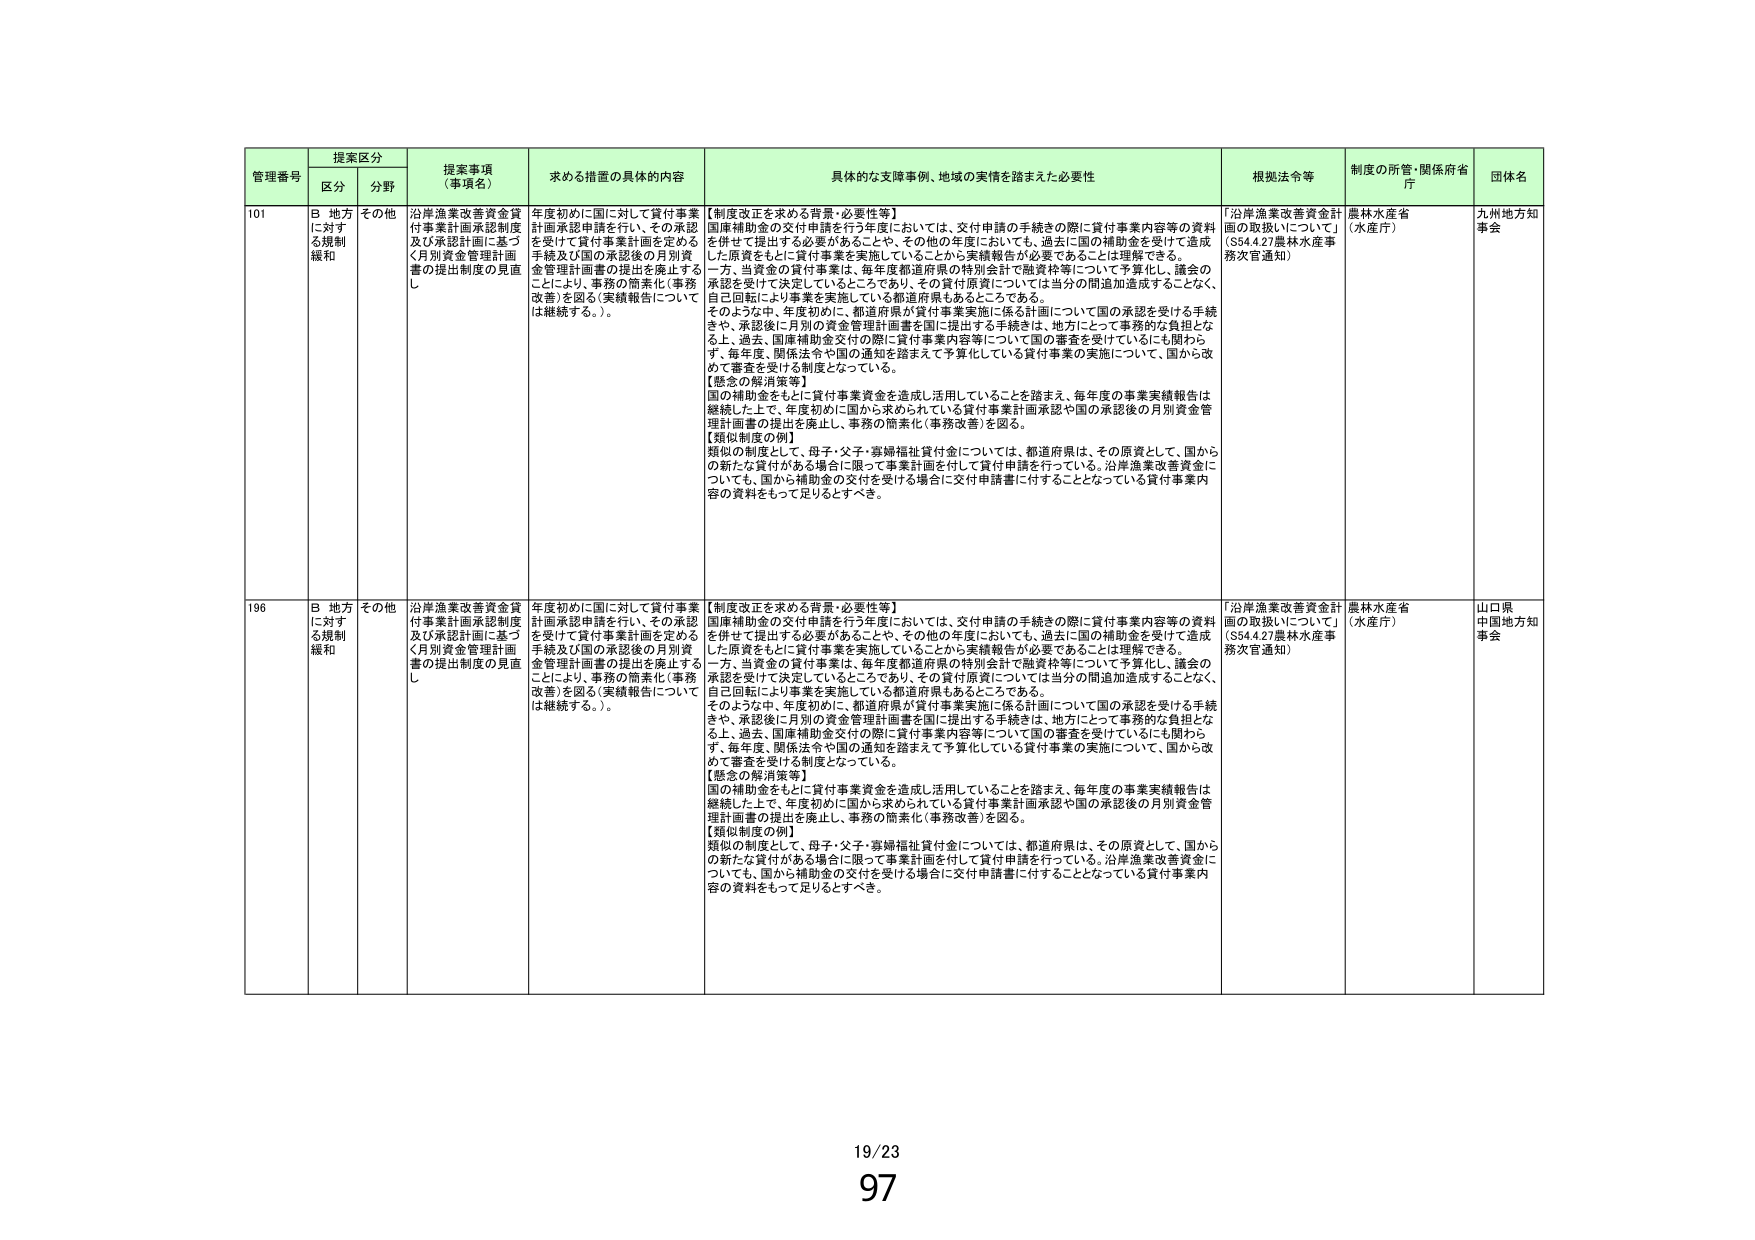
管理番号 提案区分 提案事項（事項名） 求める措置の具体的内容 具体的な支障事例、地域の実情を踏まえた必要性 根拠法令等 制度の所管・関係府省庁 団体名
区分 分野
101 B 地方に対する規制緩和 その他 沿岸漁業改善資金貸付事業計画承認制度及び承認計画に基づく月別資金管理計画書の提出制度の見直し 年度初めに国に対して貸付事業計画承認申請を行い、その承認を受けて貸付事業計画を定める手続及び国の承認後の月別資金管理計画書の提出を廃止することにより、事務の簡素化（事務改善）を図る（実績報告については継続する。）。 【制度改正を求める背景・必要性等】 国庫補助金の交付申請を行う年度においては、交付申請の手続きの際に貸付事業内容等の資料を併せて提出する必要があることや、その他の年度においても、過去に国の補助金を受けて造成した原資をもとに貸付事業を実施していることから実績報告が必要であることは理解できる。 一方、当資金の貸付事業は、毎年度都道府県の特別会計で融資枠等について予算化し、議会の承認を受けて決定しているところであり、その貸付原資については当分の間追加造成することなく、自己回転により事業を実施している都道府県もあるところである。 そのような中、年度初めに、都道府県が貸付事業実施に係る計画について国の承認を受ける手続きや、承認後に月別の資金管理計画書を国に提出する手続きは、地方にとって事務的な負担とな る上、過去、国庫補助金交付の際に貸付事業内容等について国の審査を受けているにも関わらず、毎年度、関係法令や国の通知を踏まえて予算化している貸付事業の実施について、国から改 めて審査を受ける制度となっている。 【懸念の解消策等】 国の補助金をもとに貸付事業資金を造成し活用していることを踏まえ、毎年度の事業実績報告は継続した上で、年度初めに国から求められている貸付事業計画承認や国の承認後の月別資金管理計画書の提出を廃止し、事務の簡素化（事務改善）を図る。 【類似制度の例】 類似の制度として、母子・父子・寡婦福祉貸付金については、都道府県は、その原資として、国からの新たな貸付がある場合に限って事業計画を付して貸付申請を行っている。沿岸漁業改善資金についても、国から補助金の交付を受ける場合に交付申請書に付することとなっている貸付事業内容の資料をもって足りるとすべき。 「沿岸漁業改善資金計画の取扱いについて」（S54.4.27農林水産事務次官通知） 農林水産省（水産庁） 九州地方知事会
196 B 地方に対する規制緩和 その他 沿岸漁業改善資金貸付事業計画承認制度及び承認計画に基づく月別資金管理計画書の提出制度の見直し 年度初めに国に対して貸付事業計画承認申請を行い、その承認を受けて貸付事業計画を定める手続及び国の承認後の月別資金管理計画書の提出を廃止することにより、事務の簡素化（事務改善）を図る（実績報告については継続する。）。 【制度改正を求める背景・必要性等】 国庫補助金の交付申請を行う年度においては、交付申請の手続きの際に貸付事業内容等の資料を併せて提出する必要があることや、その他の年度においても、過去に国の補助金を受けて造成した原資をもとに貸付事業を実施していることから実績報告が必要であることは理解できる。 一方、当資金の貸付事業は、毎年度都道府県の特別会計で融資枠等について予算化し、議会の承認を受けて決定しているところであり、その貸付原資については当分の間追加造成することなく、自己回転により事業を実施している都道府県もあるところである。 そのような中、年度初めに、都道府県が貸付事業実施に係る計画について国の承認を受ける手続きや、承認後に月別の資金管理計画書を国に提出する手続きは、地方にとって事務的な負担とな る上、過去、国庫補助金交付の際に貸付事業内容等について国の審査を受けているにも関わらず、毎年度、関係法令や国の通知を踏まえて予算化している貸付事業の実施について、国から改 めて審査を受ける制度となっている。 【懸念の解消策等】 国の補助金をもとに貸付事業資金を造成し活用していることを踏まえ、毎年度の事業実績報告は継続した上で、年度初めに国から求められている貸付事業計画承認や国の承認後の月別資金管理計画書の提出を廃止し、事務の簡素化（事務改善）を図る。 【類似制度の例】 類似の制度として、母子・父子・寡婦福祉貸付金については、都道府県は、その原資として、国からの新たな貸付がある場合に限って事業計画を付して貸付申請を行っている。沿岸漁業改善資金についても、国から補助金の交付を受ける場合に交付申請書に付することとなっている貸付事業内容の資料をもって足りるとすべき。 「沿岸漁業改善資金計画の取扱いについて」（S54.4.27農林水産事務次官通知） 農林水産省（水産庁） 山口県中国地方知事会
19/23 97